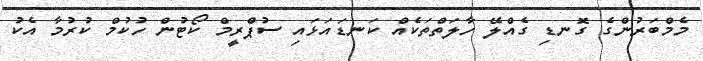
މެމްބަރުންގެ ގޮނޑި ގެއްލޭ ހާލަތްތަކެއް ކަނޑައަޅައި ސުޕްރީމް ކޯޓުން ހުކުމް ކުރުމާ އެކު